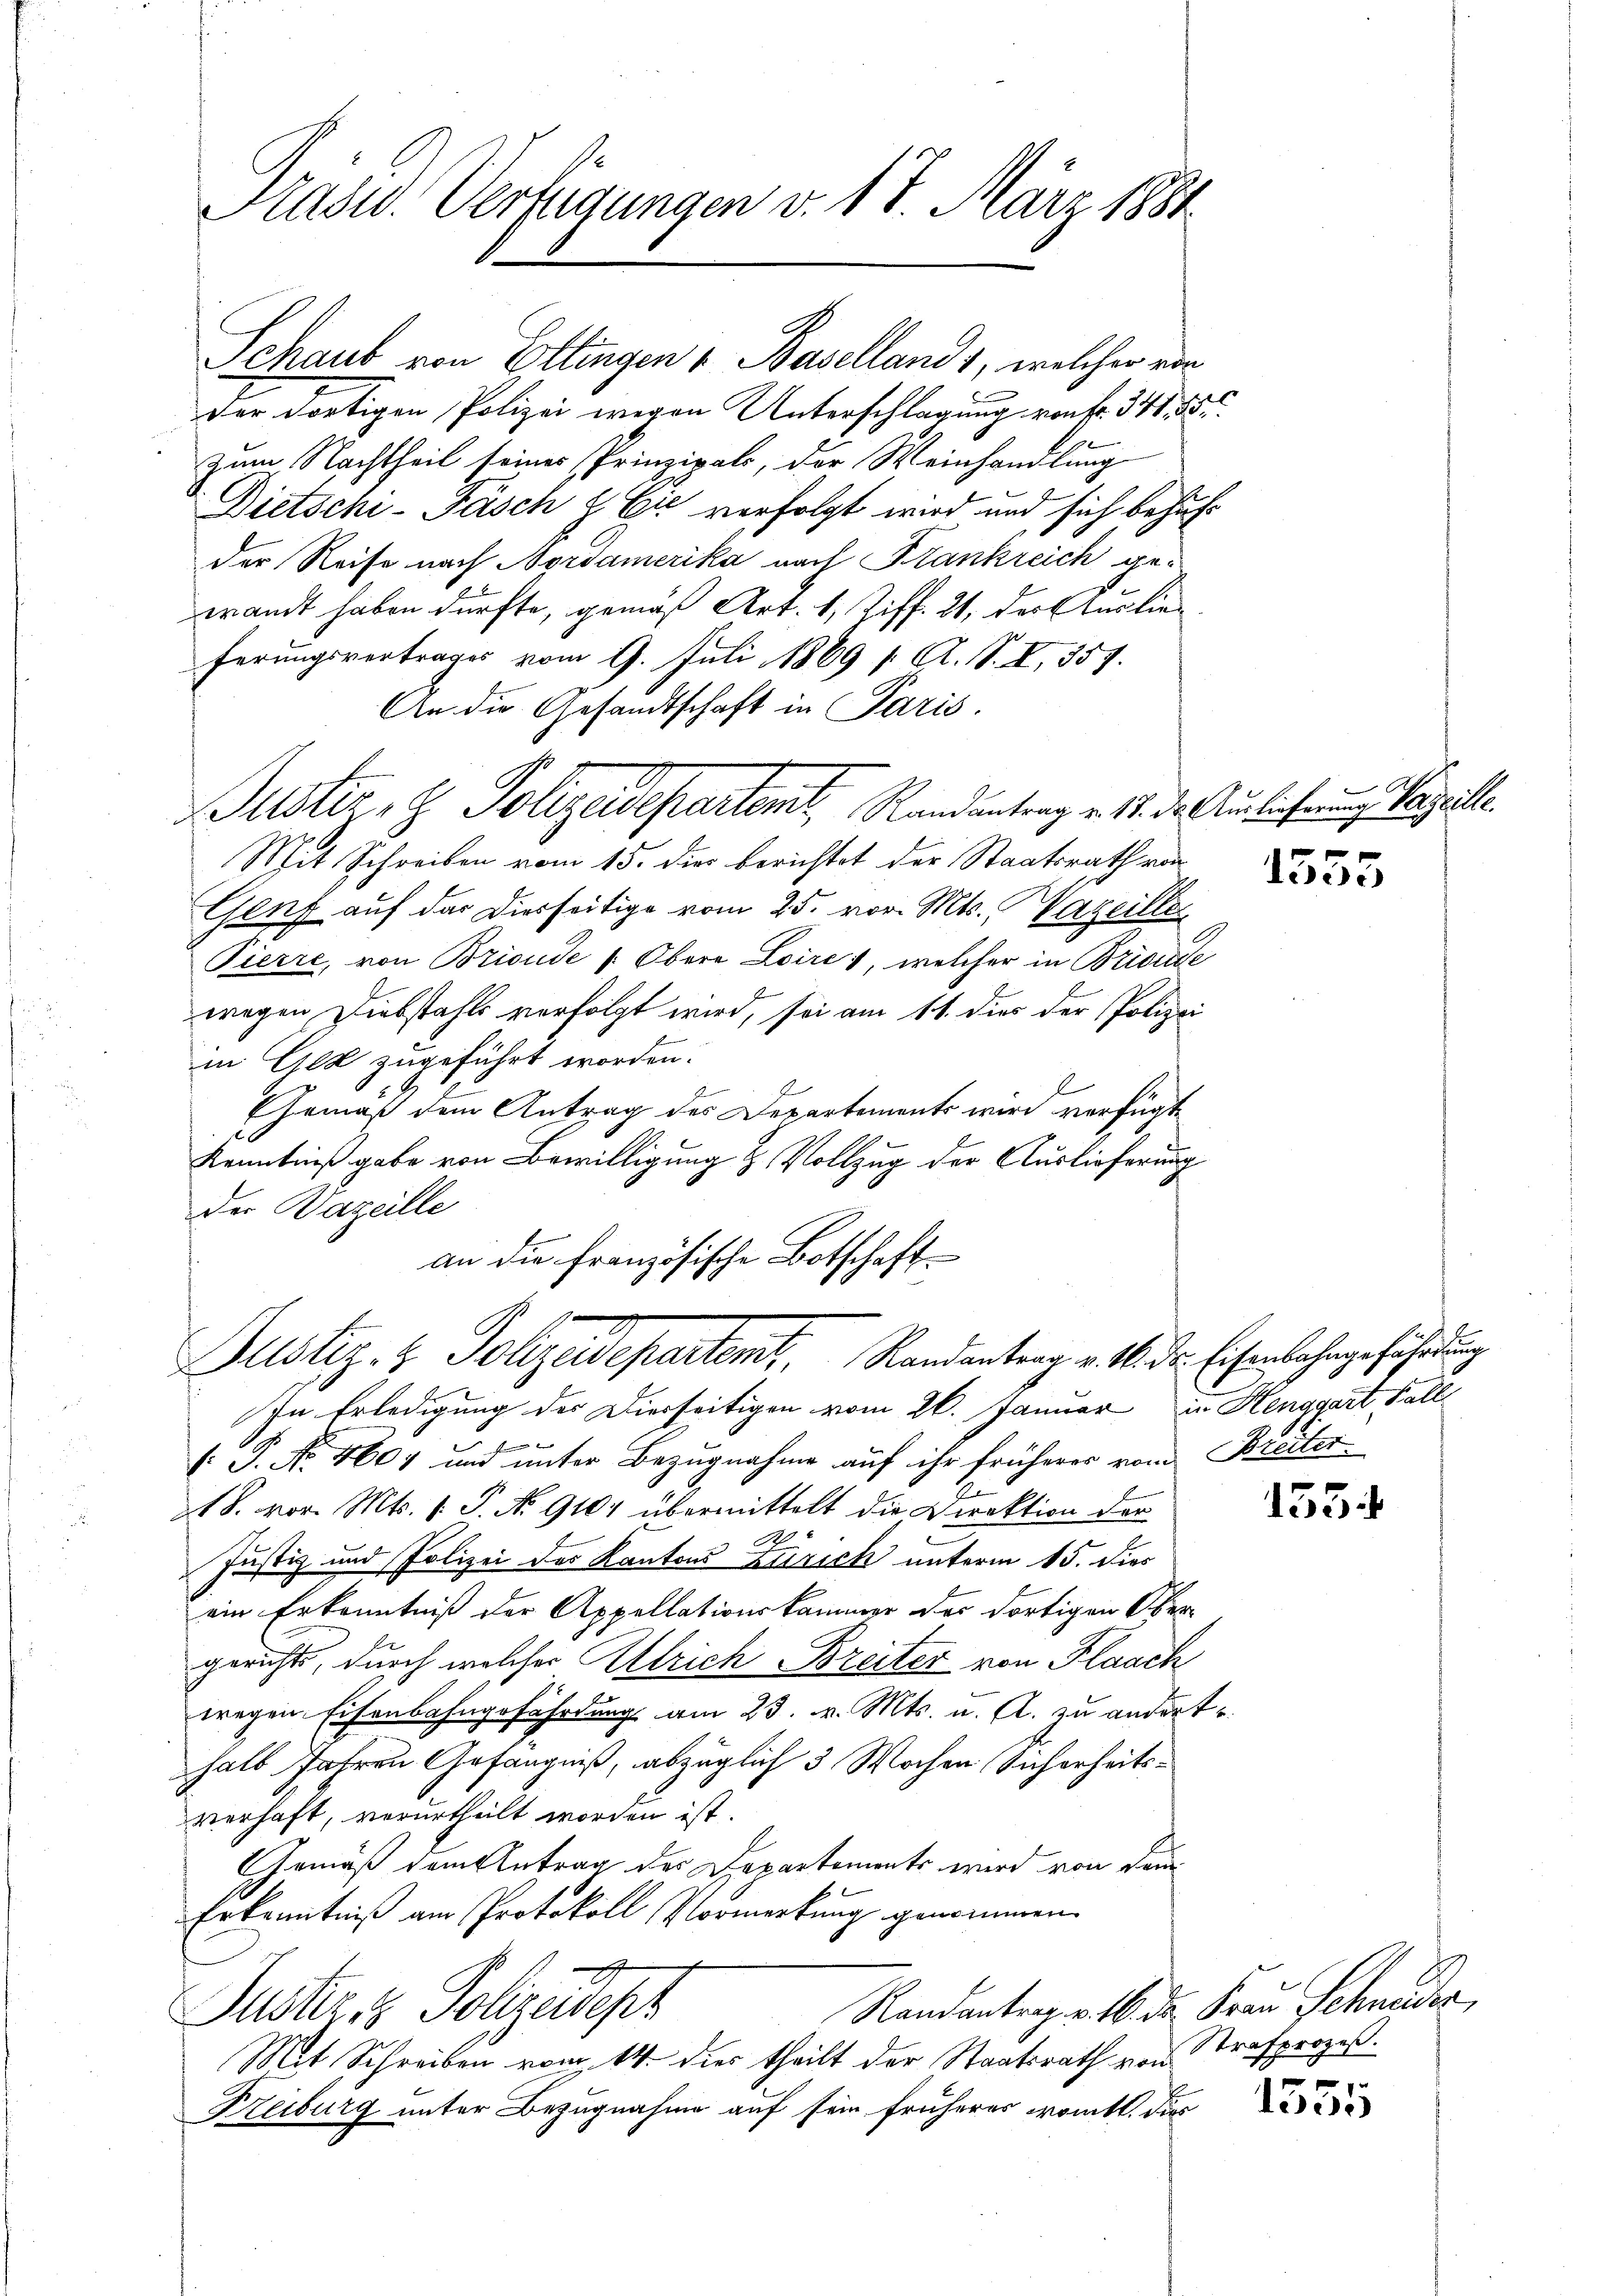
Rasu. Verfügungen v. 17. März 1881

Schaub von Ettingen u Baselland 1, welcher einder dortigen Polizei wegen Unterschlagung von Fr. 341, 355.
zum Nachtheil seines Prinzipal, der Weinhandlung
Dietschi- Fäsch & Er verfolgt wird und sich behuf
der Reise nach Nordamerika nach Krankreich gewandt haben dürfte, gemäß Art. 1, Ziff. 21, der Auslieferŭngsvertrages vom 9. Juli 1869 f. A. S. X. 357.
An die Gesandtschaft in Paris.
Justiz- & Polizeidepartent, Randantrag v. 17. d. Auslieferung Vanille.
Mit Schreiben vom 15. dies berichtet der Staatsrath von
Genf auf das Diesseitige vom 25. vor. Mts. Wareillen
Pierre, von Brioude (Obere Loires, welcher in Bridude
wegen Diebstahls verfolgt wird, sei am 11. dies der Polizei
i Cicz zugeführt worden.
Gemäß dem Antrag des Departements wird verfügt
Kenntniß gabe von Bewilligung & Vollzug der Auslieferung
der Bazeille
an die französische Botschaft¬

Justiz- & Polizeidepartent, Randantrag v. M. Dr. Eisenbahngefährdung

In Erledigung des Dierseitigen vom 26. Januar in Henggart Fall
d
[ P. No. 4604 und unter Bezugnahme auf ihr früherer vom Breiter
t S. vor. Mts. 1. P. No 9101 übermittelt die Direktion der
Justiz und Polizei des Kantons Zürich unterm 15. dies
ein Erkenntniß der Appellationskammer der dortigen Obergerichts, durch welcher Allrich Breiter von Flaach
wegen Eisenbahngefährdung am 23. v. Mts. u. A. zu ändert.
halb Jahren Gefängniß, abzüglich 3 Wochen Sicherheitsverhaft, verurtheilt worden ist.
Gemäß dem Antrag des Departements wird von dem
Erkenntniß am Protokoll Vormerkung genommen
g
Randantrag v. 16. der Frau Schneider,
Justizes Polizeidepz
Mit Schreiben vom 14. dies theilt der Staatsrath von
Freiburg unter Bezugnahme auf sein früheres amtl. dies

1555

1534

Strafprozeß.

1555